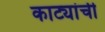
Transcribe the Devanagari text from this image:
काट्यांची